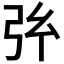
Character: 𢎺